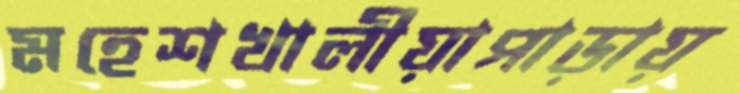
মহেশখালীয়াপাড়ায়